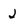
Character: J